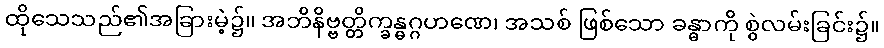
ထိုသေသည်၏အခြားမဲ့၌။ အဘိနိဗ္ဗတ္တိက္ခန္ဓဂ္ဂဟဏေ၊ အသစ် ဖြစ်သော ခန္ဓာကို စွဲလမ်းခြင်း၌။